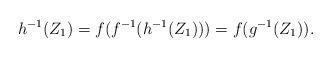
LaTeX: \begin{align*}h^{-1}(Z_1) = f(f^{-1}(h^{-1}(Z_1))) = f( g^{-1}(Z_1)). \end{align*}